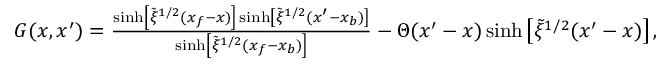
\begin{array} { r } { G ( x , x ^ { \prime } ) = \frac { \sinh \left[ \tilde { \xi } ^ { 1 / 2 } ( x _ { f } - x ) \right] \sinh \left[ \tilde { \xi } ^ { 1 / 2 } ( x ^ { \prime } - x _ { b } ) \right] } { \sinh \left[ \tilde { \xi } ^ { 1 / 2 } ( x _ { f } - x _ { b } ) \right] } - \Theta ( x ^ { \prime } - x ) \sinh \left[ \tilde { \xi } ^ { 1 / 2 } ( x ^ { \prime } - x ) \right] , } \end{array}